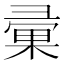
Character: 彚